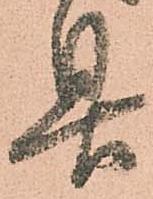
具